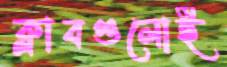
ক্লাবগুলোই